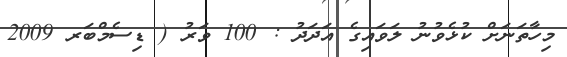
މިހާތަނަށް ކުޅެވުނު ލަވައިގެ އަދަދު : 100 ވަރު ( ޑިސެމްބަރ 2009